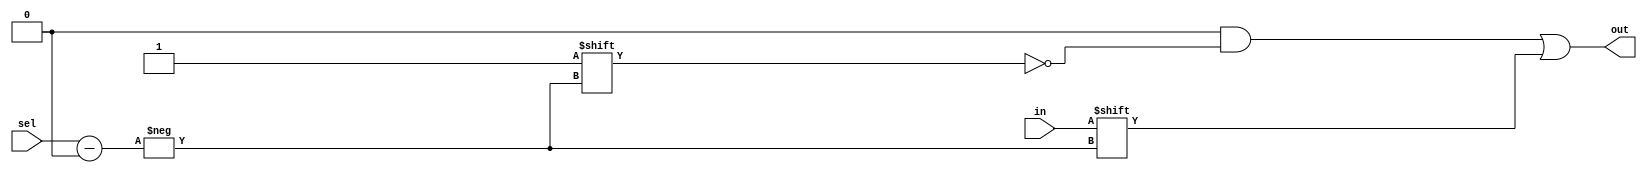
module dmuxp(input wire in, input wire [2:0] sel, output reg [7:0] out);

    always @ (in,sel)
    begin
        out=0;
        out[sel]=in;
    end

endmodule